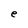
Character: e